Lunatic asylums in Bengal annual reports 1899-1911 - 1899-1911
Year: 1899
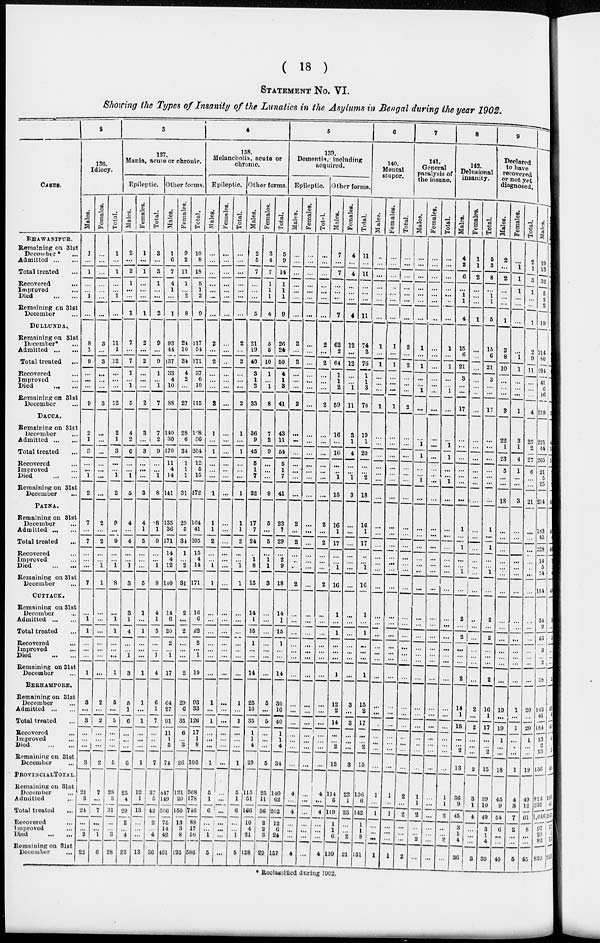
( 18 )
STATEMENT No. VI.
Showing the Types of Insanity of the Lunatics in the Asylums in Bengal during the year 1902.
CASES.
BHAWANIPUR.
Remaining on 31st
December* ...
Admitted
...
...
Total treated ...
Recovered ...
Improved ...
Died
...
...
Remaining on 31st
December ...
DULLUNDA.
Remaining on 31st
December* ...
Admitted
...
...
Total treated ...
Recovered ...
Improved ...
Died
... ...
Remaining on 31st
December ...
DACCA.
Remaining on 31st
December
Admitted
...
...
Total treated ...
Recovered ...
Imporved ...
Died
...
...
Remaining on 31st
December ...
PATNA.
Remaining on 31st
December ...
Admitted
...
...
Total treated ...
Recovered ...
Imporved ...
Died
...
...
Remaining on 31st
December ...
CUTTACK.
Remaining on 31st
December ...
Admitted
...
...
Total treated ...
Recovered ...
Improved ...
Died
...
...
Remaining on 31st
December ...
BERHAMPORE.
Remaining on 31st
December ...
Admitted
...
...
Total treated ...
Recovered ...
Imporved ...
Died
...
...
Remaining on 31st
December ...
PROVINCIAL
TOTAL.
Remaining on 31st
December ...
Admitted ...
Total treated ...
Recovered
...
Imporved ...
Died
...
...
Remaining on 31st
December
...
2
136.
Idiocy.
Males.
1
...
1
...
... 1
...
8
1
9
...
...
...
9
2
1
3
...
...
1
2
7
...
7
...
...
...
7
...
1
1
...
...
...
1
3
...
3
...
...
...
3
21
3
24
...
...
2
22
Females.
...
...
...
...
...
...
...
3
...
3
...
...
...
3
...
...
...
...
...
...
...
2
...
2
...
...
1
1
...
...
...
...
...
...
...
2
...
2
...
...
...
2
7
...
7
...
...
1
6
Total.
1
...
1
...
...
1
...
11
1
12
...
...
...
12
2
1
3
...
...
1
2
9
...
9
...
...
1
8
...
1
1
...
...
...
1
5
...
5
...
...
...
5
28
3
31
...
...
3
28
3
137.
Mania, acute or chronic.
Epileptic.
Males.
2
...
2
1
...
...
1
7
...
7
1
... 1
5
4
2
6
...
...
1
5
4
...
4
...
...
1
3
3
1
4
...
...
1
3
5
1
6
...
...
...
6
25
4
29
2
...
4
23
Females.
1
...
1
...
...
...
1
2
...
2
...
...
...
2
3
...
3
...
...
...
3
4
1
5
...
...
...
5
1
...
1
...
...
...
1
1
...
1
...
...
...
1
12
1
13
...
...
...
13
Total.
3
...
3
1
...
...
2
9
...
9
1
...
1
7
7
2
9
...
...
1
8
8
1
9
...
...
1
8
4
1
5
...
... 1
4
6
1
7
...
...
...
7
37
5
42
2
...
4
36
Other forms.
Males.
1
6
7
4
1
...
1
93
44
137
33
4
10
88
140
30
170
11
4
14
141
135
36
171
14
4
12
140
14
6
20
2
... 1
17
64
27
91
11
1
5
74
447
149
596
75
14
42
461
Females.
9
2
11
1
...
2
8
24
10
34
4
2
...
27
28
6
34
1
1
1
31
29
5
34
1
... 2
31
2
...
2
...
...
...
2
29
6
35
6
...
3
26
121
29
150
13
3
8
125
Total.
10
8
18
5
1
2
9
117
54
171
37
6
10
115
168
36
204
12
5
15
172
164
41
205
15
4
14
171
16
6
22
2
...
1
10
93
33
126
17
1
8
100
568
178
746
88
17
50
586
138.
Melancholia, acute or
chronic.
Epileptic.
Males.
...
...
...
...
...
...
...
2
...
2
...
...
...
2
1
...
1
...
...
...
1
1
1
2
...
... 1
1
...
...
...
...
...
...
...
1
...
1
...
...
...
1
5
1
6
...
...
1
5
Females.
...
...
...
...
...
...
...
...
...
...
...
...
...
...
...
...
...
...
...
...
...
...
...
...
...
...
...
...
...
...
...
...
...
...
...
...
...
...
...
...
...
...
...
...
...
...
...
...
...
Total.
...
...
...
...
...
...
...
2
...
2
...
...
...
2
1
...
1
...
...
...
1
1
1
2
...
...
1
1
...
...
...
...
...
...
...
1
...
1
...
...
...
1
5
1
6
...
... 1
5
Other forms.
Males.
2
5
7
...
...
...
5
21
19
40
3
1
2
33
36
9
45
5
1
7
32
17
7
24
...
1
8
15
14
1
15
1
...
...
14
25
10
35
1
1
4
29
115
51
166
10
4
21
128
Females.
3
4
7
1
1
1
4
5
5
10
1
...
1
8
7
2
9
...
...
...
9
5
...
5
...
1
1
3
...
...
...
...
...
...
...
5
...
5
...
...
...
5
25
11
36
2
2
3
29
Total.
5
9
14
1
1
1
9
26
24
50
4
1
3
41
43
11
54
5
1
7
41
22
7
29
...
2
9
18
14
1
15
1
...
...
14
30
10
40
1
1
4
34
140
62
202
12
6
24
157
5
139.
Dementia, including
acquired.
Epileptic.
Males.
...
...
...
...
...
...
...
2
...
2
...
...
...
2
...
...
...
...
...
...
...
2
...
2
...
...
...
2
...
...
...
...
...
...
...
...
...
...
...
...
...
...
4
...
4
...
...
...
4
Females.
...
...
...
...
...
...
...
...
...
...
...
...
...
...
...
...
...
...
...
...
...
...
...
...
...
...
...
...
...
...
...
...
...
...
...
...
...
...
...
...
...
...
...
...
...
...
...
...
...
Total.
...
...
...
...
...
...
...
2
...
2
...
...
...
2
...
...
...
...
...
...
...
2
...
2
...
...
...
2
...
...
...
...
...
...
...
...
...
...
...
...
...
...
4
...
4
...
...
...
4
Other forms.
Males.
7
...
7
...
...
...
7
62
2
64
1
1
2
59
16
...
16
...
...
1
15
16
1
17
...
...
1
16
1
...
1
...
...
...
1
12
2
14
...
...
2
12
114
5
119
1
1
6
110
Females.
4
...
4
...
...
...
4
12
...
12
...
...
1
11
3
1
4
...
...
1
3
...
...
...
...
...
...
...
...
...
...
...
...
...
...
3
...
3
...
...
...
3
22
1
23
...
... 2
21
Total.
11
...
11
...
...
...
11
74
2
76
1
1
3
70
19
1
20
...
...
2
18
16
1
17
...
...
1
16
1
...
1
...
...
...
1
15
2
17
...
...
2
15
136
6
142
1
1
8
131
6
140.
Mental
stupor.
Males.
...
...
...
...
...
...
...
1
...
1
...
...
...
1
...
...
...
...
...
...
...
...
...
...
...
...
...
...
...
...
...
...
...
...
...
...
...
...
...
...
...
...
1
...
1
...
...
...
1
Females.
...
...
...
...
...
...
...
1
...
1
...
...
...
1
...
...
...
...
...
...
...
...
...
...
...
...
...
...
...
...
...
...
...
...
...
...
...
...
...
...
...
...
1
...
1
...
...
...
1
Total.
...
...
...
...
...
...
...
2
...
2
...
...
...
2
...
...
...
...
...
...
...
...
...
...
...
...
...
...
...
...
...
...
...
...
...
...
...
...
...
...
...
...
2
...
2
...
...
...
2
7
141.
General
paralysis of
the insane.
Males.
...
...
...
...
...
...
...
1
...
1
...
...
1
...
...
1
1
...
...
1
...
...
...
...
...
...
...
...
...
...
...
...
... ...
...
...
...
...
...
...
...
...
1
1
2
...
...
2
...
Females.
...
...
...
...
...
...
...
...
...
...
...
...
...
...
...
...
...
...
...
...
...
...
...
...
...
...
...
...
...
...
...
...
...
...
...
...
...
...
...
...
...
...
...
...
...
...
...
...
...
Total.
...
...
...
...
...
...
...
1
...
1
...
...
1
...
...
1
1
...
...
1
...
...
...
...
...
...
...
...
...
...
...
...
... ...
...
...
...
...
...
...
...
...
1
1
2
...
...
2
...
8
142.
Delusional
insanity.
Males.
4
2
6
...
1
1
4
15
6
21
3
...
...
17
...
...
...
...
...
...
...
1
...
1
...
...
1
...
2
...
2
...
...
...
2
14
1
15
...
...
2
13
36
9
45
3
1
4
36
Females.
1
1
2
...
...
...
1
...
...
...
...
...
...
...
...
...
...
...
...
...
...
...
...
...
...
...
...
...
...
...
...
...
...
...
...
2
...
2
...
...
2
3
1
4
...
...
...
3
Total.
5
3
8
...
1
1
5
15
6
21
3
...
...
17
...
...
...
...
...
...
...
1
...
1
...
...
1
...
2
...
2
...
...
...
2
16
1
17
...
...
2
15
39
10
49
3
1
4
39
9
Declared
to have
recovered
or not yet
diagnosed.
Males.
2
...
2
...
...
...
1
2
8
10
...
...
...
3
22
1
23
5
...
...
18
...
...
...
...
...
...
...
...
...
...
...
...
...
...
19
...
19
1
...
...
18
45
9
54
6
...
...
40
Females.
...
1
1
1
...
...
...
...
1
1
...
...
...
1
3
1
4
1
...
...
3
...
...
...
...
...
...
...
...
...
...
...
...
...
...
1
...
1
...
...
...
1
4
3
7
2
...
...
5
Total.
2
1
3
1
...
...
1
2
9
11
...
...
...
4
25
2
27
6
...
...
21
...
...
...
...
...
...
...
...
...
...
...
...
...
...
20
...
20
1
...
...
19
49
12
61
8
...
...
45
Males.
19
13
32
5
2
2
19
214
80
294
41
6
16
219
221
44
265
21
5
25
214
183
45
228
14
5
24
184
34
9
43
3
...
2
38
143
41
184
13
2
13
156
814
232
1,046
97
20
82
830
* Reclassified during 1902.